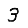
Digit: 3